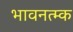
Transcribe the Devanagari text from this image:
भावनत्म्क